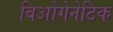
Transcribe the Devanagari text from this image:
बिओगेनेटिक